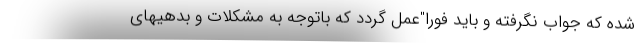
شده که جواب نگرفته و باید فورا"عمل گردد که باتوجه به مشکلات و بدهیهای